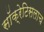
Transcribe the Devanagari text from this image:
सॉक्रेटिसलाच